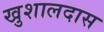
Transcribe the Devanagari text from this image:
खुशालदास